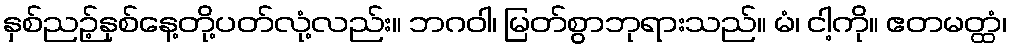
နှစ်ညဉ့်နှစ်နေ့တို့ပတ်လုံ့လည်း။ ဘဂဝါ၊ မြတ်စွာဘုရားသည်။ မံ၊ ငါ့ကို။ ဧတမတ္ထံ၊